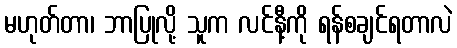
မဟုတ်တာ၊ ဘာပြုလို့ သူက လင်နီ့ကို ရန်စချင်ရတာလဲ